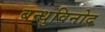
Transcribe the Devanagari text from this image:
बन्धुविनोद